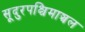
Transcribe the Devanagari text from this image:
सूदुरपश्चिमाञ्चल